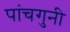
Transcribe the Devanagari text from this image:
पांचगुनी